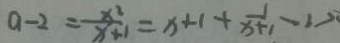
a - 2 = \frac { x ^ { 2 } } { x + 1 } = x + 1 + \frac { 1 } { x + 1 } - 1 >